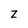
Character: z